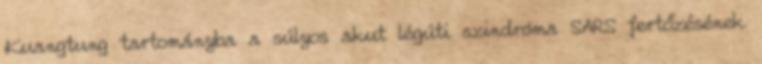
Kuangtung tartományba a súlyos akut légúti szindróma SARS fertőzésének